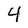
Character: 4